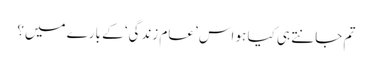
تم جانتے ہی کیا ہو اس ’عام زندگی‘ کے بارے میں؟